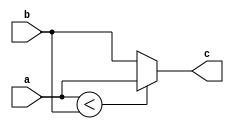
module sub_test(
    input a,b,
    output c);
    
    assign c = (a<b)?a:b;
endmodule

module test(
    input a,b,c,
    output o);
    
    wire temp;
    sub_test inst1(a,b,temp);
    sub_test inst2(temp,c,o);
endmodule